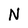
Character: N